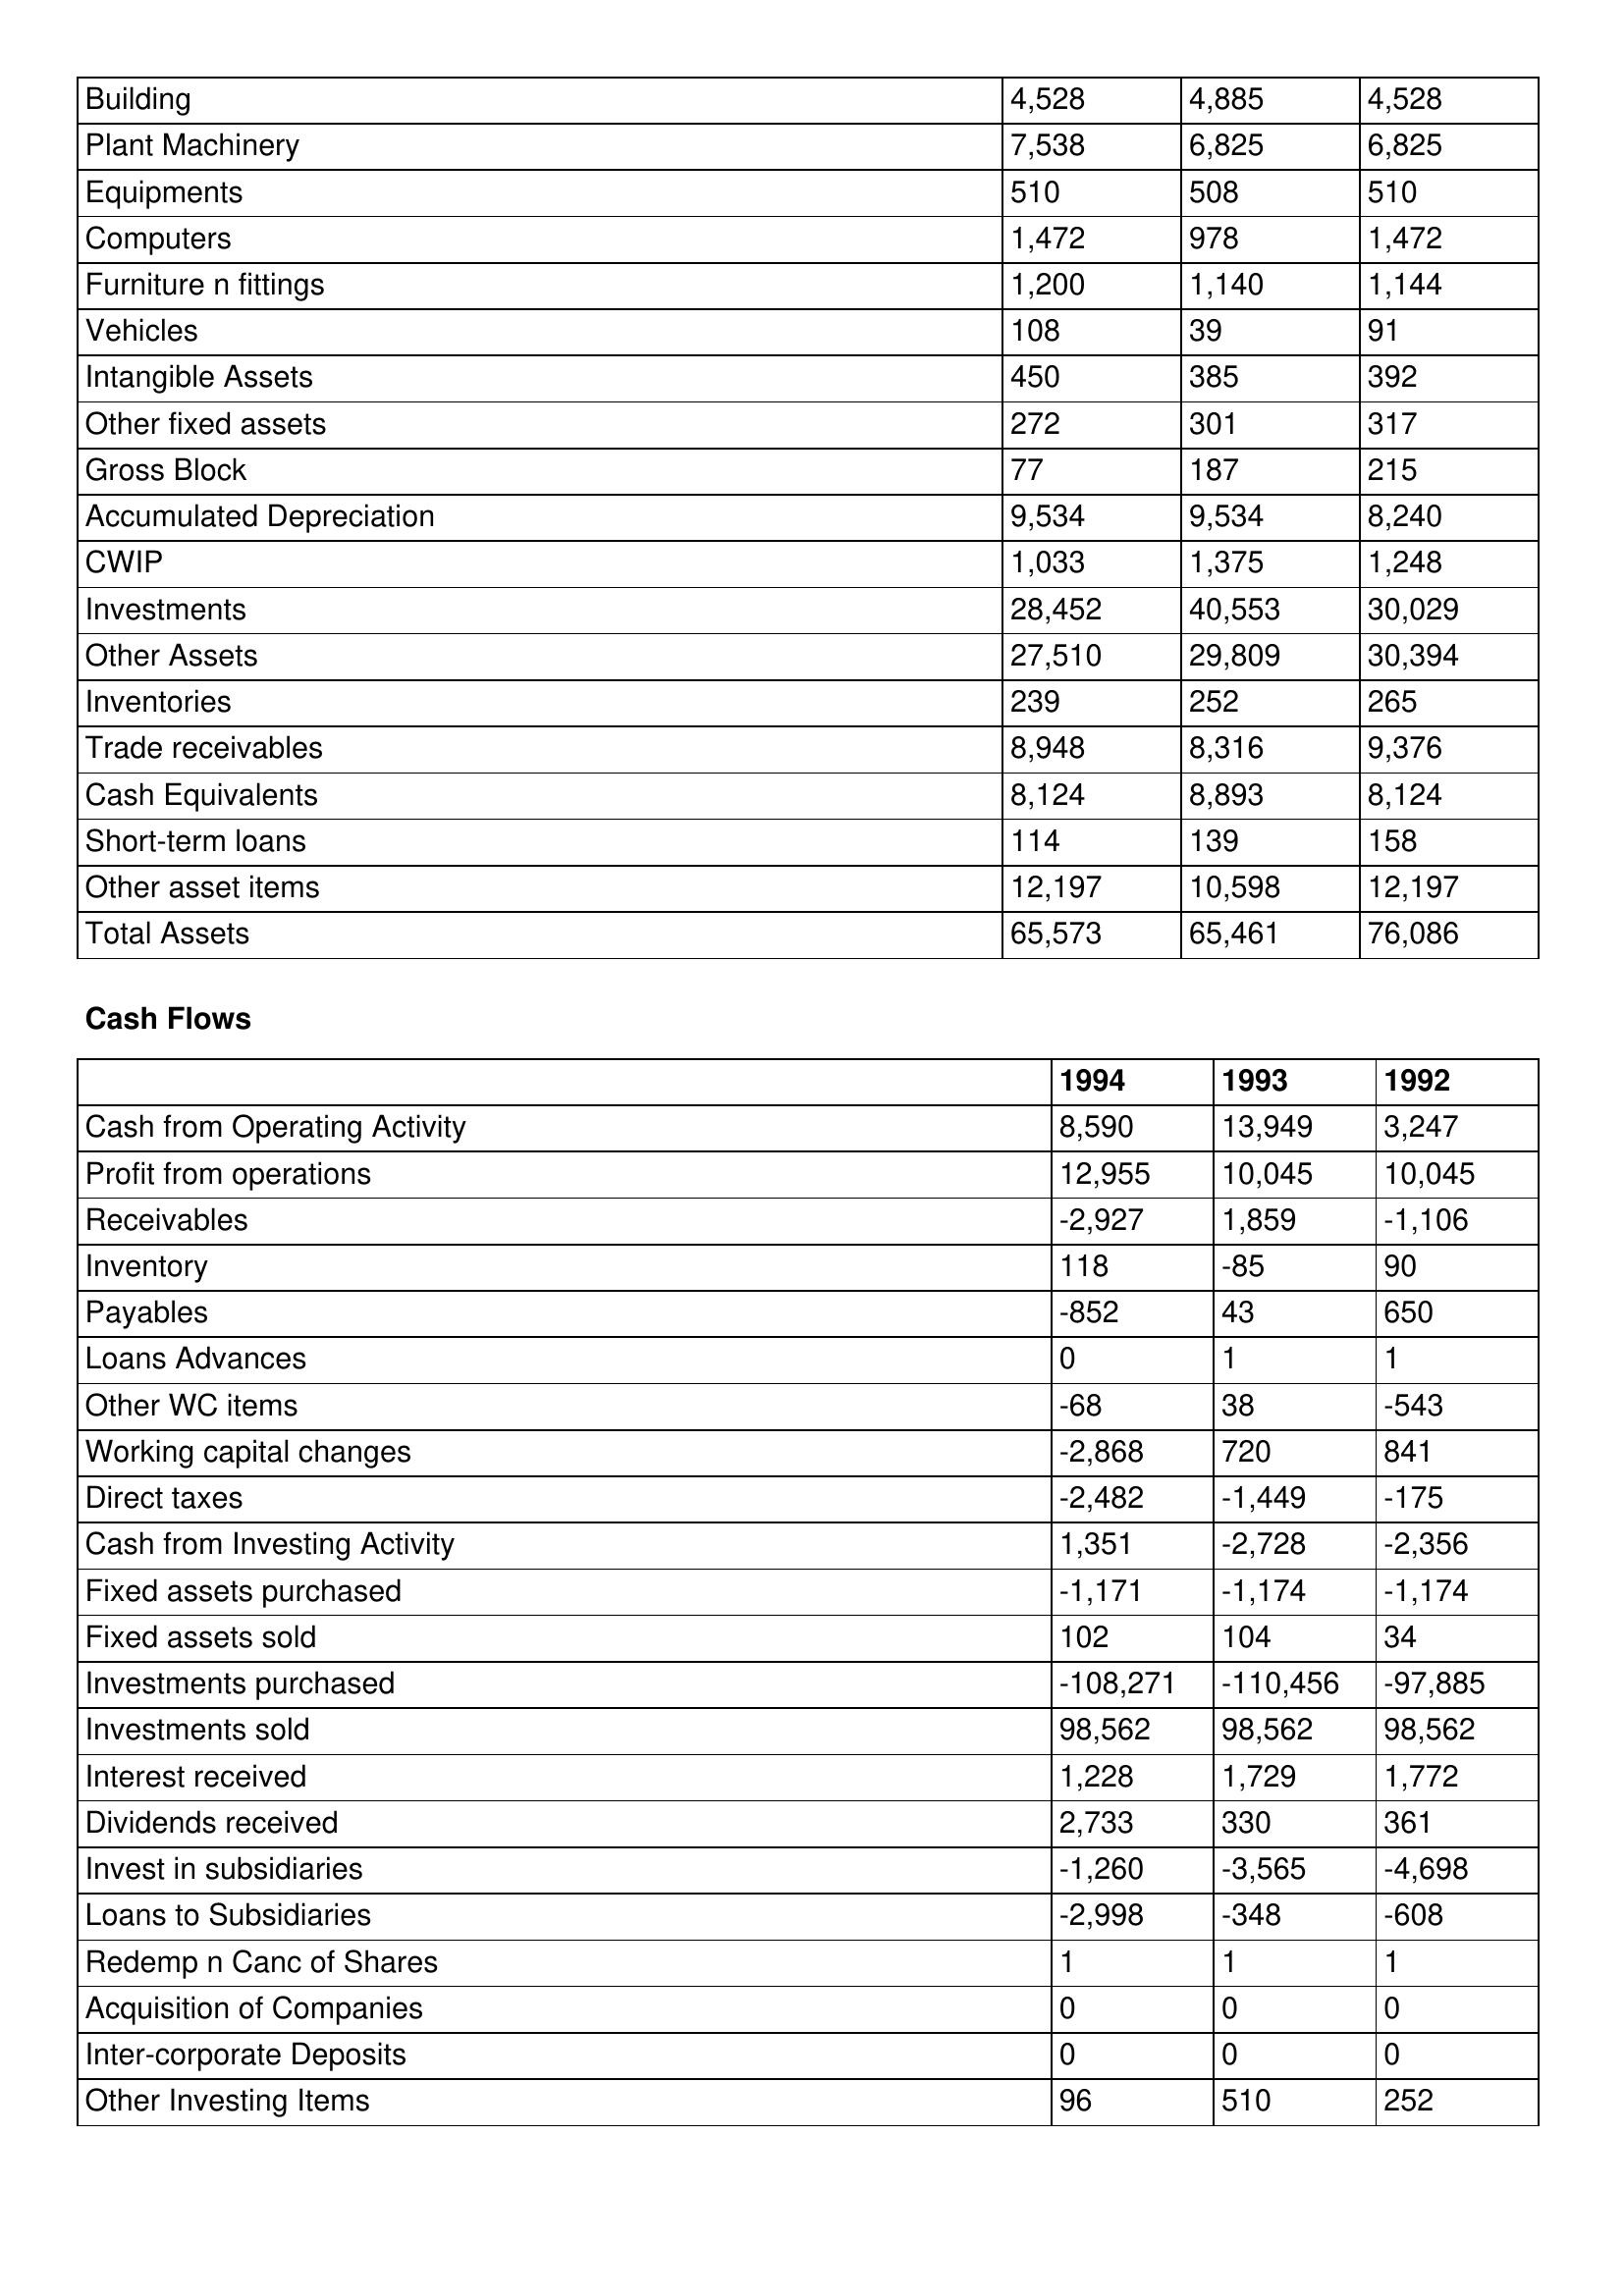
gt_parse: 1994: Balance Sheet: Building: 4,528
Plant Machinery: 7,538
Equipments: 510
Computers: 1,472
Furniture n fittings: 1,200
Vehicles: 108
Intangible Assets: 450
Other fixed assets: 272
Gross Block: 77
Accumulated Depreciation: 9,534
CWIP: 1,033
Investments: 28,452
Other Assets: 27,510
Inventories: 239
Trade receivables: 8,948
Cash Equivalents: 8,124
Short-term loans: 114
Other asset items: 12,197
Total Assets: 65,573
Cash Flows: Cash from Operating Activity: 8,590
Profit from operations: 12,955
Receivables: -2,927
Inventory: 118
Payables: -852
Loans Advances: 0
Other WC items: -68
Working capital changes: -2,868
Direct taxes: -2,482
Cash from Investing Activity: 1,351
Fixed assets purchased: -1,171
Fixed assets sold: 102
Investments purchased: -108,271
Investments sold: 98,562
Interest received: 1,228
Dividends received: 2,733
Invest in subsidiaries: -1,260
Loans to Subsidiaries: -2,998
Redemp n Canc of Shares: 1
Acquisition of Companies: 0
Inter-corporate Deposits: 0
Other Investing Items: 96
1993: Balance Sheet: Building: 4,885
Plant Machinery: 6,825
Equipments: 508
Computers: 978
Furniture n fittings: 1,140
Vehicles: 39
Intangible Assets: 385
Other fixed assets: 301
Gross Block: 187
Accumulated Depreciation: 9,534
CWIP: 1,375
Investments: 40,553
Other Assets: 29,809
Inventories: 252
Trade receivables: 8,316
Cash Equivalents: 8,893
Short-term loans: 139
Other asset items: 10,598
Total Assets: 65,461
Cash Flows: Cash from Operating Activity: 13,949
Profit from operations: 10,045
Receivables: 1,859
Inventory: -85
Payables: 43
Loans Advances: 1
Other WC items: 38
Working capital changes: 720
Direct taxes: -1,449
Cash from Investing Activity: -2,728
Fixed assets purchased: -1,174
Fixed assets sold: 104
Investments purchased: -110,456
Investments sold: 98,562
Interest received: 1,729
Dividends received: 330
Invest in subsidiaries: -3,565
Loans to Subsidiaries: -348
Redemp n Canc of Shares: 1
Acquisition of Companies: 0
Inter-corporate Deposits: 0
Other Investing Items: 510
1992: Balance Sheet: Building: 4,528
Plant Machinery: 6,825
Equipments: 510
Computers: 1,472
Furniture n fittings: 1,144
Vehicles: 91
Intangible Assets: 392
Other fixed assets: 317
Gross Block: 215
Accumulated Depreciation: 8,240
CWIP: 1,248
Investments: 30,029
Other Assets: 30,394
Inventories: 265
Trade receivables: 9,376
Cash Equivalents: 8,124
Short-term loans: 158
Other asset items: 12,197
Total Assets: 76,086
Cash Flows: Cash from Operating Activity: 3,247
Profit from operations: 10,045
Receivables: -1,106
Inventory: 90
Payables: 650
Loans Advances: 1
Other WC items: -543
Working capital changes: 841
Direct taxes: -175
Cash from Investing Activity: -2,356
Fixed assets purchased: -1,174
Fixed assets sold: 34
Investments purchased: -97,885
Investments sold: 98,562
Interest received: 1,772
Dividends received: 361
Invest in subsidiaries: -4,698
Loans to Subsidiaries: -608
Redemp n Canc of Shares: 1
Acquisition of Companies: 0
Inter-corporate Deposits: 0
Other Investing Items: 252